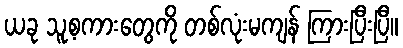
ယခု သူ့စကားတွေကို တစ်လုံးမကျန် ကြားပြီးပြီ။